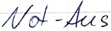
Text: Not-Aus